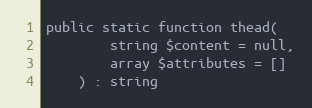
Language: PHP
public static function thead(
        string $content = null,
        array $attributes = []
    ) : string